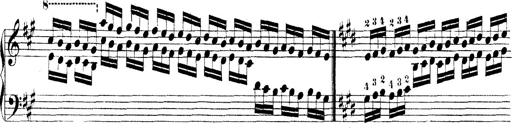
Title: Technische Studien
Composer: Franz Liszt